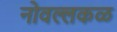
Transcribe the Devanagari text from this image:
नोवल्लकळ